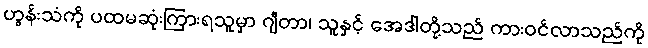
ဟွန်းသံကို ပထမဆုံးကြားရသူမှာ ဂျီတာ၊ သူနှင့် အေဒါတို့သည် ကားဝင်လာသည်ကို